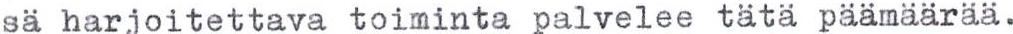
sä harjoitettava toiminta palvelee tätä päämäärää.